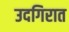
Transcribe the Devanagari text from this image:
उदगिरात